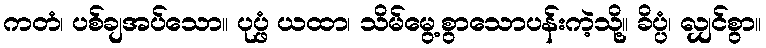
ကတံ၊ ပစ်ချအပ်သော။ ပုပ္ဖံ ယထာ၊ သိမ်မွေ့စွာသောပန်းကဲ့သို့။ ခိပ္ပံ၊ လျှင်စွာ။